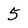
Character: 5